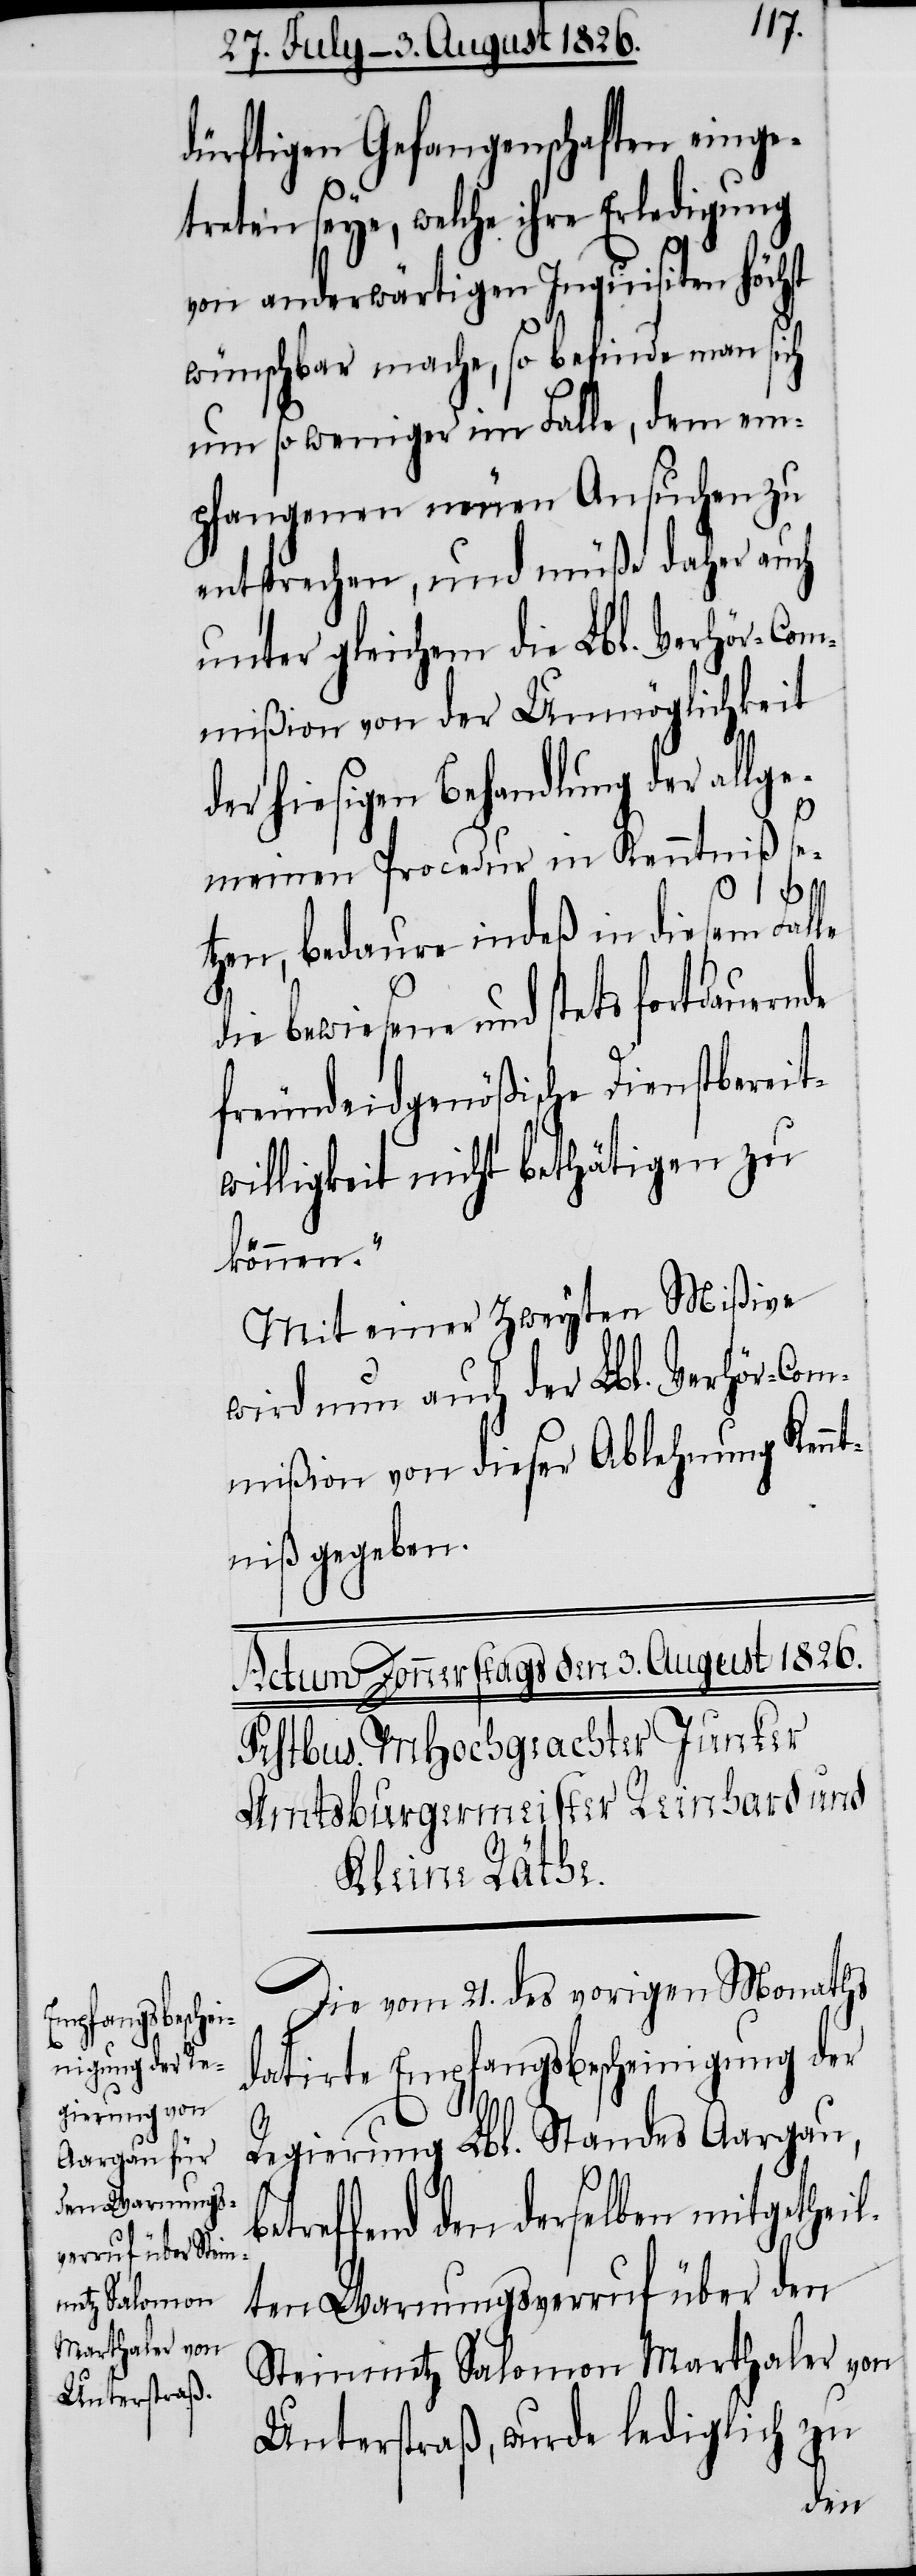
dürftigen Gefangenschaften einge¬
seye, welche ihre Erledigung
von anderwärtigen Inquisiten höchst
wünschbar mache, so befinde man sich
um so weniger im Falle, dem em¬
pfangenen neuen Ansuchen zu
entsprechen, und müße daher auch
unter gleichem die Lbl. Verhör-Com¬
mißion von der Unmöglichkeit
der hiesigen Behandlung der allge¬
meinen Procedur in Kenntniß se¬
bet¬
tzen, bedaure indeß in diesem Falle
die bewiesene und stets fortdauern¬
freundeidgenößische Dienstbereit¬
willigkeit nicht bethätigen zu
können.“
Mit einer zweyten Mißive
wird nun auch der Lbl. Verhör-Com¬
mißion von dieser Ablehnung Kennt¬
niß gegeben.
Die vom 21. des vorigen Monaths
datirte Empfangsbescheinigung der
Regierung Lbl. Standes Aargau,
reffend den derselben mitgetheil¬
ten Warnungsverruf über den
Steinmetz Salomon Marthaler von
Unterstraß, wurde lediglich zu
de